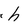
Character: h